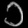
Digit: ၁